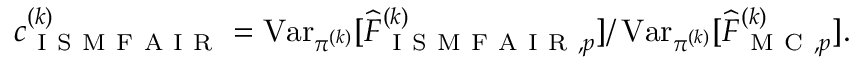
\begin{array} { r } { c _ { \mathrm { ~ I ~ S ~ M ~ F ~ A ~ I ~ R ~ } } ^ { ( k ) } = \operatorname { V a r } _ { \pi ^ { ( k ) } } [ \widehat { F } _ { \mathrm { ~ I ~ S ~ M ~ F ~ A ~ I ~ R ~ } , p } ^ { ( k ) } ] / \operatorname { V a r } _ { \pi ^ { ( k ) } } [ \widehat { F } _ { \mathrm { ~ M ~ C ~ } , p } ^ { ( k ) } ] . } \end{array}